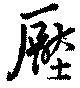
壓